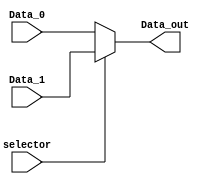
module F_mux_hi (
    input  wire            selector,
    input  wire    [31:0]  Data_0,
    input  wire    [31:0]  Data_1, 
    output wire    [31:0]  Data_out 
);

    assign Data_out = (selector) ? Data_1 : Data_0;
    
endmodule